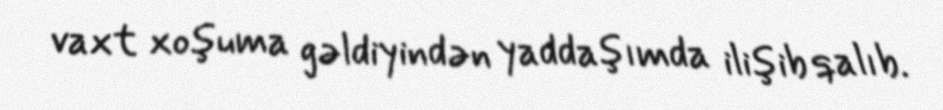
vaxt xoşuma gəldiyindən yaddaşımda ilişib qalıb.